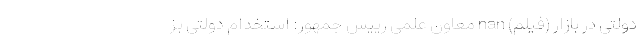
دولتی در بازار (فیلم) nan معاون علمی رییس جمهور: استخدام دولتی بز